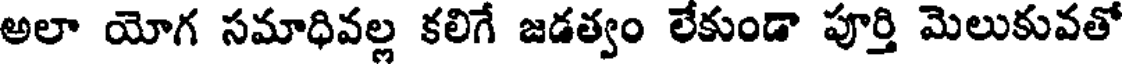
అలా యోగ సమాధివల్ల కలిగే జడత్వం లేకుండా పూర్తి మెలుకువతో